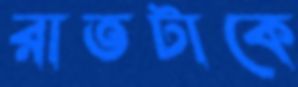
রাতটাকে